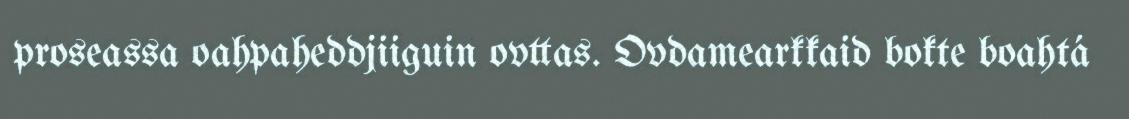
proseassa oahpaheddjiiguin ovttas. Ovdamearkkaid bokte boahtá